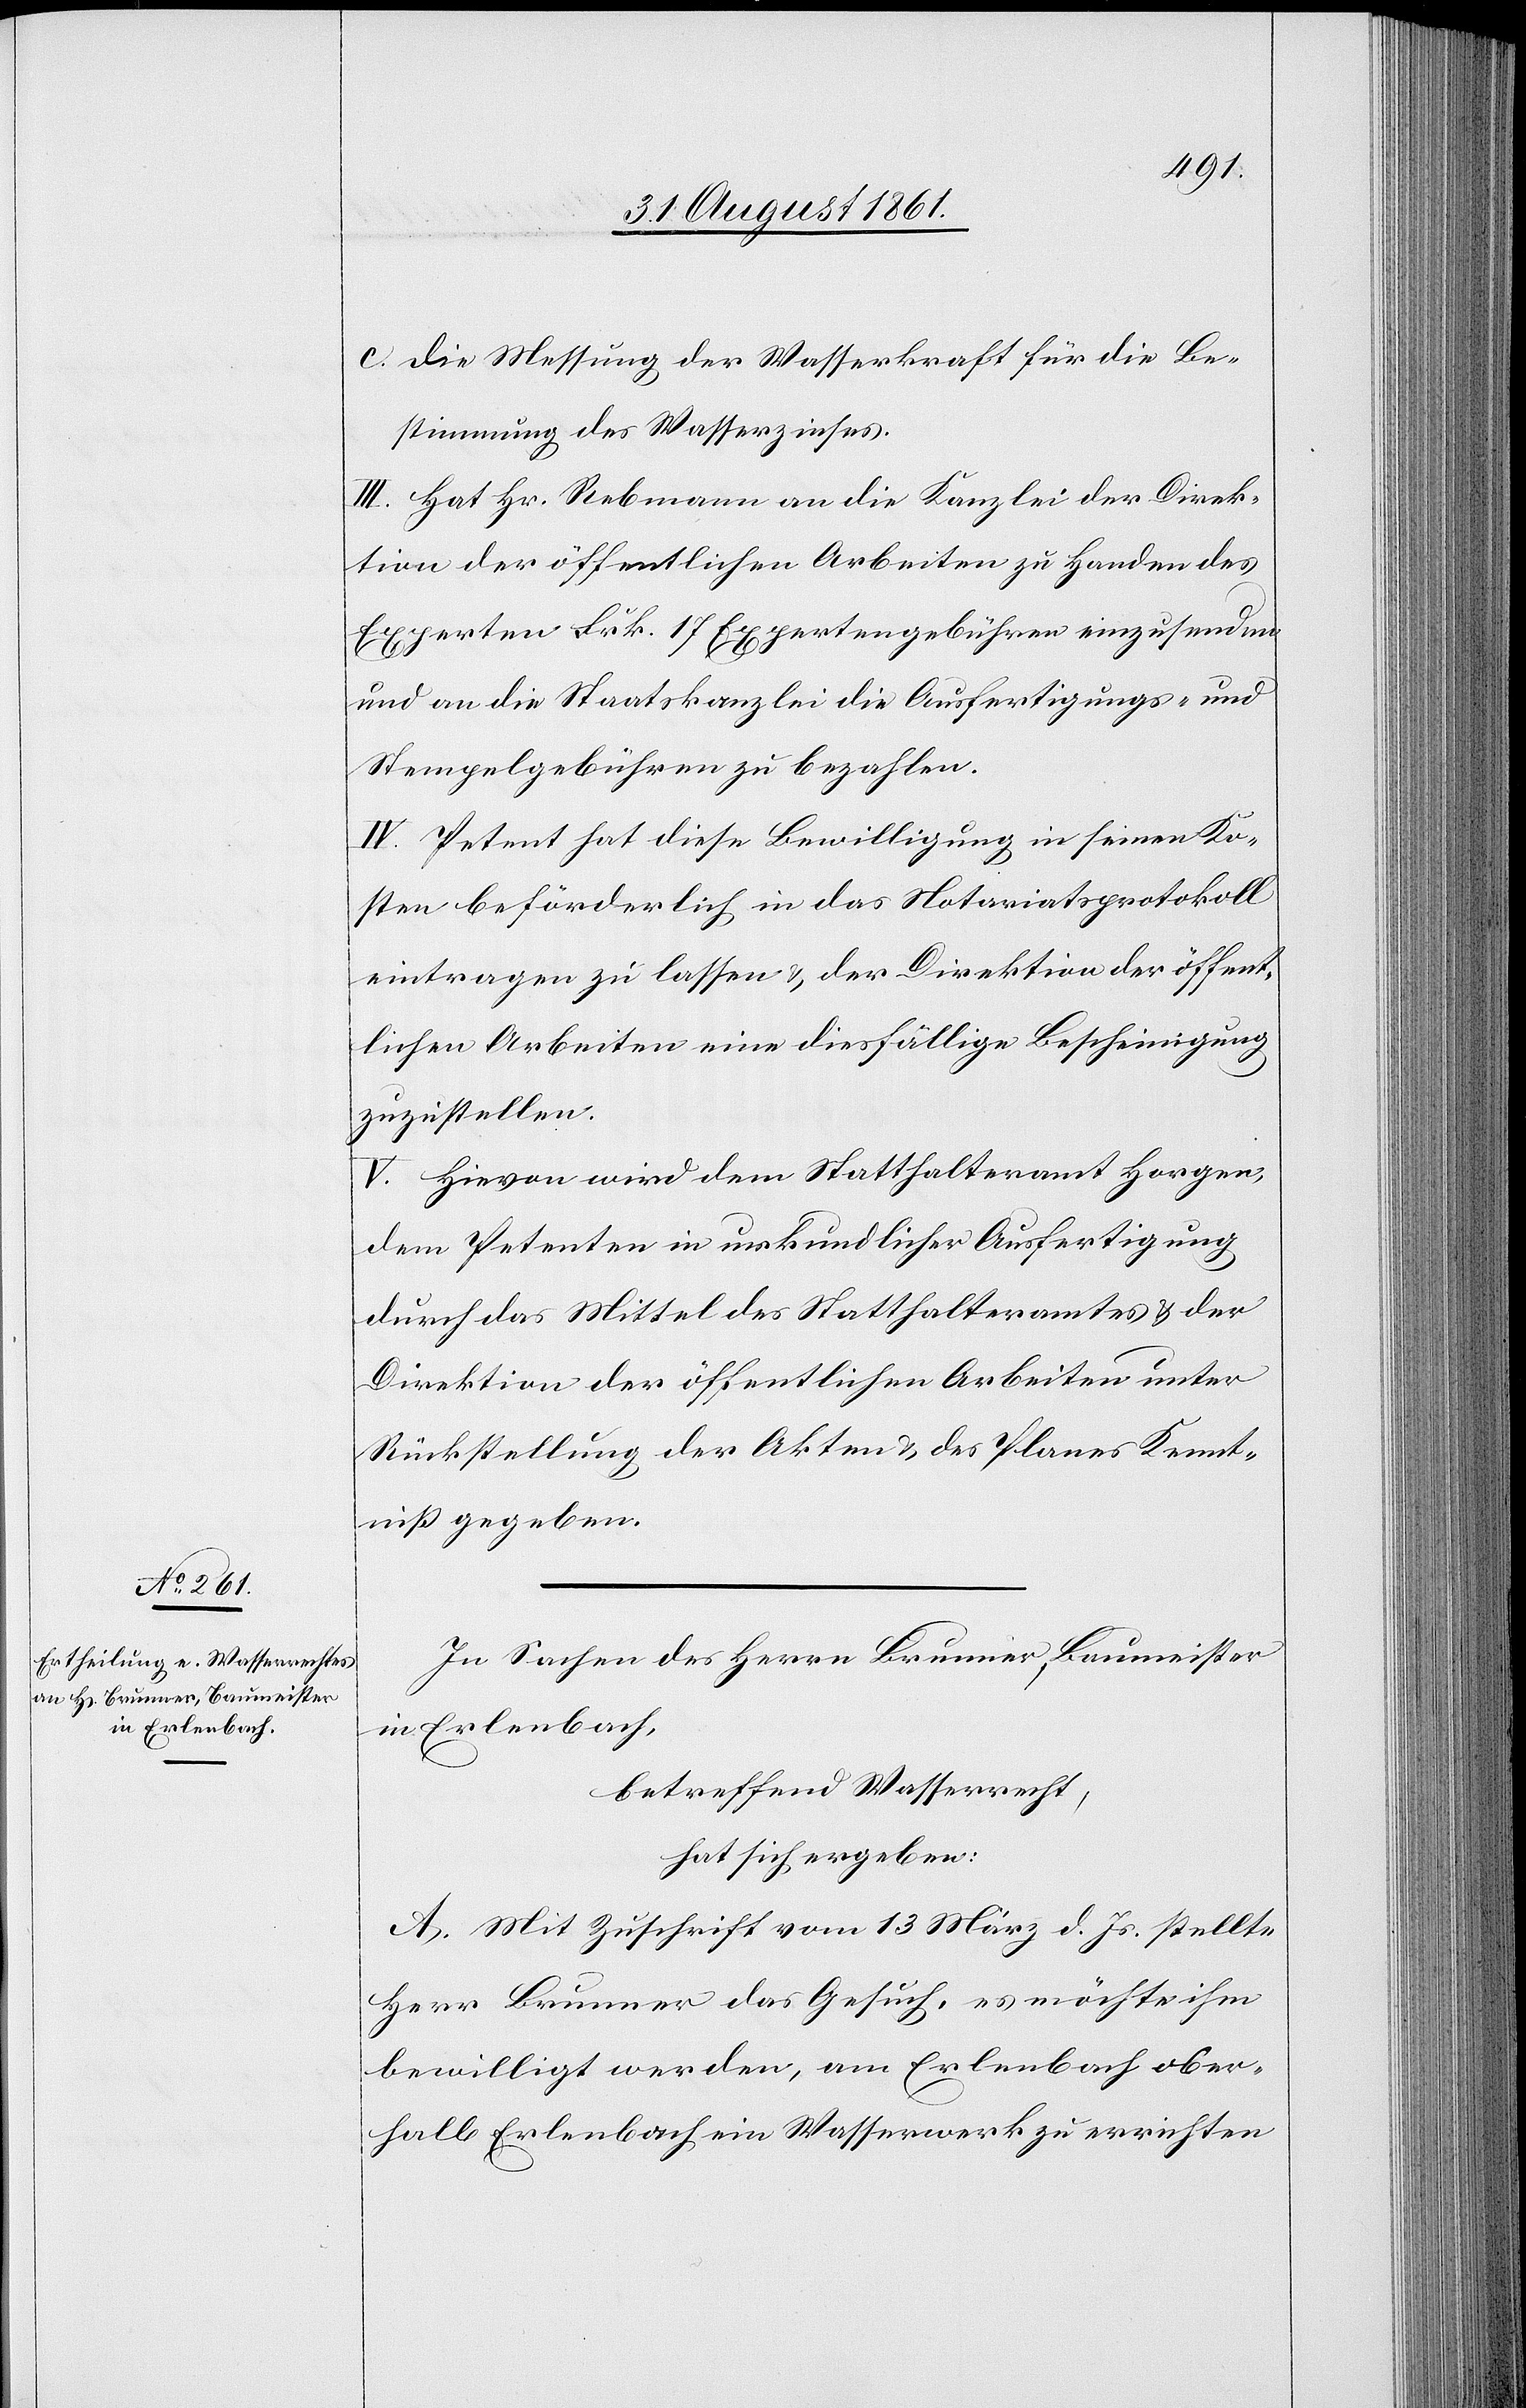
c. Die Messung der Wasserkraft für die Be¬
stimmung des Wasserzinses.
III. Hat Hr. Rebmann an die Kanzlei der Direk¬
tion der öffentlichen Arbeiten zu Handen des
Experten Frk. 17 Expertengebühren einzusenden
und an die Staatskanzlei die Ausfertigungs- u.
Stempelgebühren zu bezahlen.
IV. Petent hat diese Bewilligung in seinen Ko¬
sten beförderlich in das Notariatsprotokoll
eintragen zu lassen u. der Direktion der öffent¬
lichen Arbeiten eine diesfällige Bescheinigung
zuzustellen.
V. Hievon wird dem Statthalteramt Horgen,
dem Petenten in urkundlicher Ausfertigung
durch das Mittel des Statthalteramtes u. der
Direktion der öffentlichen Arbeiten unter
Rückstellung der Akten u. des Planes Kennt¬
niß gegeben.
In Sachen des Herrn Brunner, Baumeister
in Erlenbach,
betreffend Wasserrecht,
hat sich ergeben:
A. Mit Zuschrift vom 13 März d. Js. stellte
Herr Brunner das Gesuch, es möchte ihm
bewilligt werden, am Erlenbach ober¬
halb Erlenbach ein Wasserwerk zu errichten